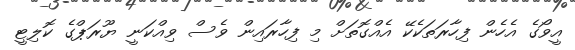
އީވޯގެ އެހެން ފިހާރަތަކެކޭ އެއްގޮތަށް މި ފިހާރައިން ވެސް ވިއްކަނީ ޔޫރަޕްގެ ކޮލިޓީ